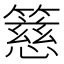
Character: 𥴺